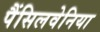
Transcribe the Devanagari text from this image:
पैंसिलवेनिया